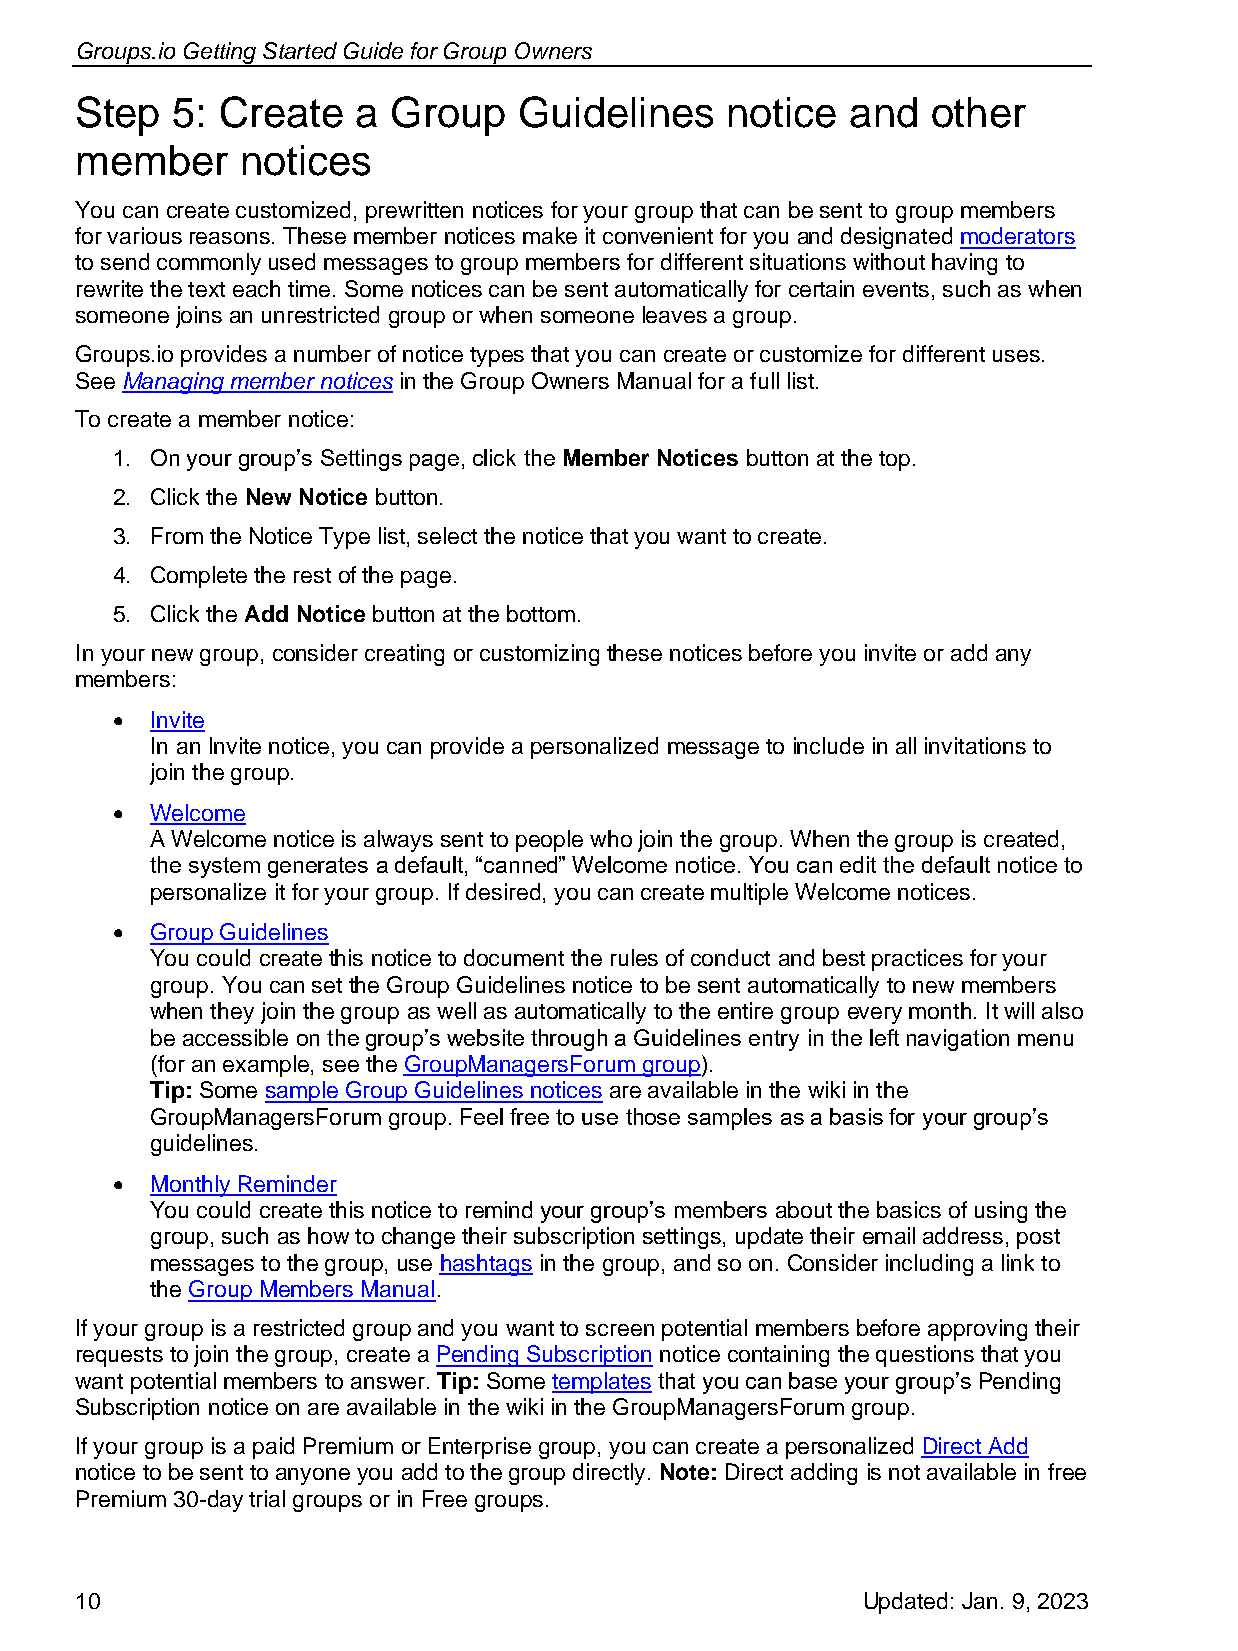
Groups.io Getting Started Guide for Group Owners
 Step  5: Create    a Group   Guidelines    notice  and   other
 member     notices
 You can create customized, prewritten notices for your group that can be sent to group members
 for various reasons. These member notices make it convenient for you and designated moderators
 to send commonly used messages to group members for different situations without having to
 rewrite the text each time. Some notices can be sent automatically for certain events, such as when
 someone joins an unrestricted group or when someone leaves a group.
 Groups.io provides a number of notice types that you can create or customize for different uses.
 See Managing member notices in the Group Owners Manual for a full list.
 To create a member notice:
 1. On your group’s Settings page, click the Member Notices button at the top.
 2. Click the New Notice button.
 3. From the Notice Type list, select the notice that you want to create.
 4. Complete the rest of the page.
 5. Click the Add Notice button at the bottom.
 In your new group, consider creating or customizing these notices before you invite or add any
 members:
 •  Invite
 In an Invite notice, you can provide a personalized message to include in all invitations to
 join the group.
 •  Welcome
 A Welcome notice is always sent to people who join the group. When the group is created,
 the system generates a default, “canned” Welcome notice. You can edit the default notice to
 personalize it for your group. If desired, you can create multiple Welcome notices.
 •  Group Guidelines
 You could create this notice to document the rules of conduct and best practices for your
 group. You can set the Group Guidelines notice to be sent automatically to new members
 when they join the group as well as automatically to the entire group every month. It will also
 be accessible on the group’s website through a Guidelines entry in the left navigation menu
 (for an example, see the GroupManagersForum group).
 Tip: Some sample Group Guidelines notices are available in the wiki in the
 GroupManagersForum group. Feel free to use those samples as a basis for your group’s
 guidelines.
 •  Monthly Reminder
 You could create this notice to remind your group’s members about the basics of using the
 group, such as how to change their subscription settings, update their email address, post
 messages to the group, use hashtags in the group, and so on. Consider including a link to
 the Group Members Manual.
 If your group is a restricted group and you want to screen potential members before approving their
 requests to join the group, create a Pending Subscription notice containing the questions that you
 want potential members to answer. Tip: Some templates that you can base your group’s Pending
 Subscription notice on are available in the wiki in the GroupManagersForum group.
 If your group is a paid Premium or Enterprise group, you can create a personalized Direct Add
 notice to be sent to anyone you add to the group directly. Note: Direct adding is not available in free
 Premium 30-day trial groups or in Free groups.
 10                                                  Updated: Jan. 9, 2023